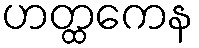
ဟတ္ထကေန